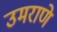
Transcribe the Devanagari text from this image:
उमराणे